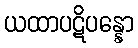
ယထာပဋိပန္နော